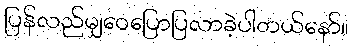
ပြန်လည်မျှဝေပြောပြလာခဲ့ပါတယ်နော်။